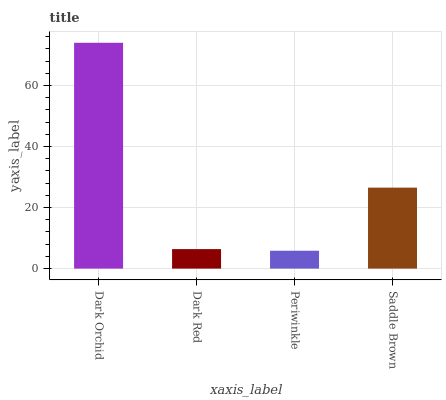
| xaxis_label | bars |
 | --- | --- |
 | Dark Orchid | 74 |
 | Dark Red | 6.39 |
 | Periwinkle | 5.86 |
 | Saddle Brown | 26.5 |